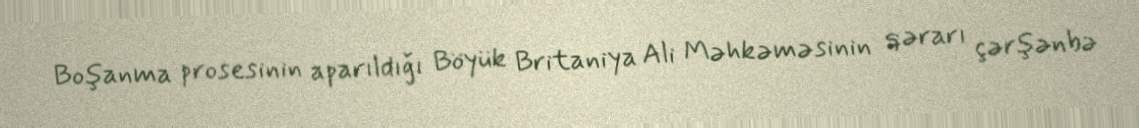
Boşanma prosesinin aparıldığı Böyük Britaniya Ali Məhkəməsinin qərarı çərşənbə